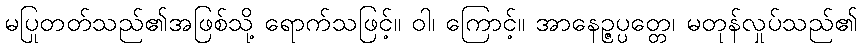
မပြုတတ်သည်၏အဖြစ်သို့ ရောက်သဖြင့်။ ဝါ၊ ကြောင့်။ အာနေဉ္ဇပ္ပတ္တေ၊ မတုန်လှုပ်သည်၏